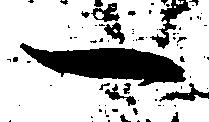
一